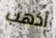
أذهب